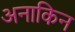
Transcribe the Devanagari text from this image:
अनाकिन